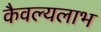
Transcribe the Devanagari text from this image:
कैवल्यलाभ